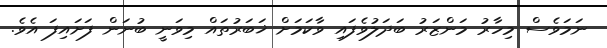
ނަމަވެސް މިހާރު މަންޒަރު ބަދަލުވެފައި ވާކަމަށް ޚަބަރުތައް މިވަނީ ބުނަން ފަށައިފަ އެވެ.